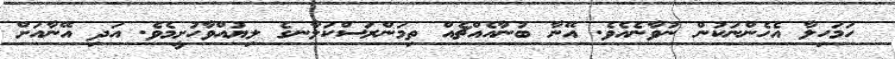
ހަމަހިލާ އެހެންނަކުން ނުވާނެއެވެ. އޭނާ ބުނާއެއްޗެއް ތިމަންރަސްކަލާނގެ ލިޔުއްވާހުށީމެވެ. އަދި އޭނާއަށް